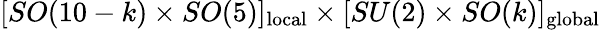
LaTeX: [SO(10-k)\times SO(5)]_{\mathrm{local}}\times[SU(2)\times SO(k)]_{\mathrm{global}}